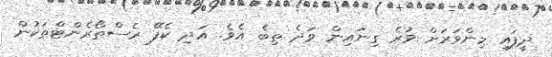
ދީފައި މިންވަރަށް ވުރެ ގިނައިން ވަދެ ތިބެ އެވެ. އަދި ކެފޭ ރެސްތޯރެންޓްތަކުން